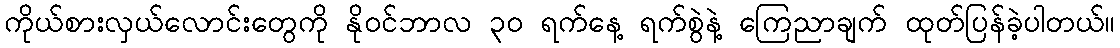
ကိုယ်စားလှယ်လောင်းတွေကို နိုဝင်ဘာလ ၃၀ ရက်နေ့ ရက်စွဲနဲ့ ကြေညာချက် ထုတ်ပြန်ခဲ့ပါတယ်။